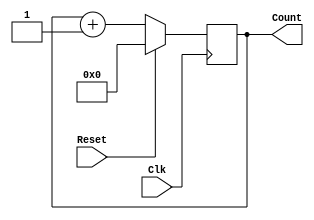
module counter(Clk, Reset, Count);
	input Clk, Reset;
	output [3:0]Count; reg [3:0]Count;
	always @(posedge Clk) 
	begin 
		if (Reset) Count = 0;
		else Count = Count + 1;
	end
endmodule